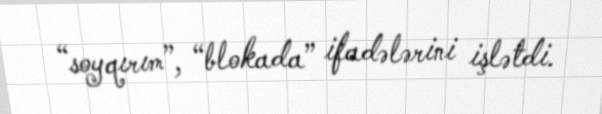
“soyqırım”, “blokada” ifadələrini işlətdi.